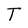
Character: T